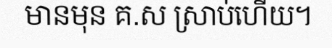
មានមុន គ.ស ស្រាប់ហើយ។